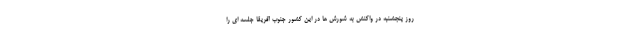
روز پنجشنبه در واکنش به شورش ها در این کشور جنوب آفریقا جلسه ای را